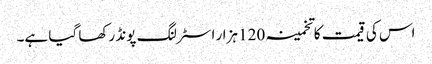
اس کی قیمت کا تخمینہ 120 ہزار اسٹرلنگ پونڈ رکھا گیا ہے۔